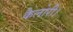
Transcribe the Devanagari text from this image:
कैलोरी।